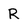
Character: R